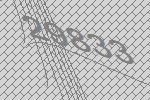
29833